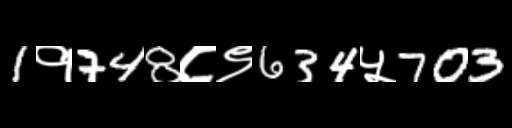
Text: 1१748८९634५703